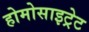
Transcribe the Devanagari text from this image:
होमोसाइट्रेट